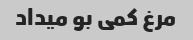
مرغ کمی بو میداد